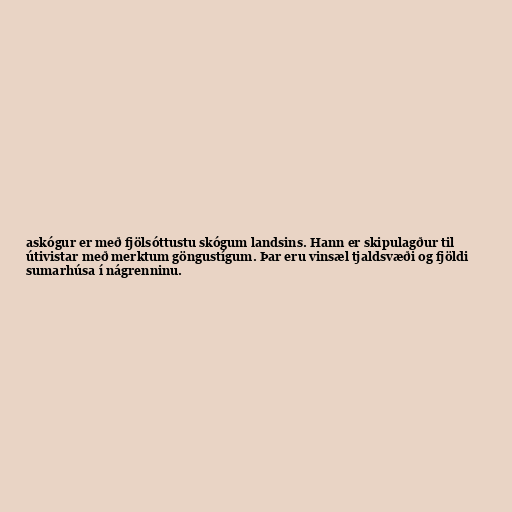
askógur er með fjölsóttustu skógum landsins. Hann er skipulagður til
útivistar með merktum göngustígum. Þar eru vinsæl tjaldsvæði og fjöldi
sumarhúsa í nágrenninu.